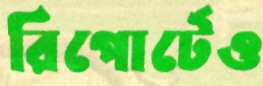
রিপোর্টেও